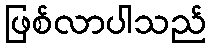
ဖြစ်လာပါသည်